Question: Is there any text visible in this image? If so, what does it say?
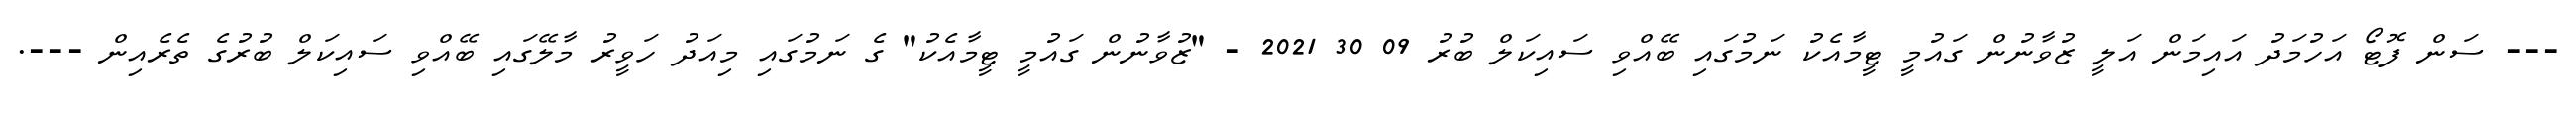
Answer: --- ސަން ފޮޓޯ އަހުމަދު އައިމަން އަލީ ޒުވާނުން ގައުމީ ޓީމާއެކު ނަމުގައި ބޭއްވި ސައިކަލް ބުރު 09 30 2021 - "ޒުވާނުން ގައުމީ ޓީމާއެކު" ގެ ނަމުގައި މިއަދު ހަވީރު މާލޭގައި ބޭއްވި ސައިކަލް ބުރުގެ ތެރެއިން ---.